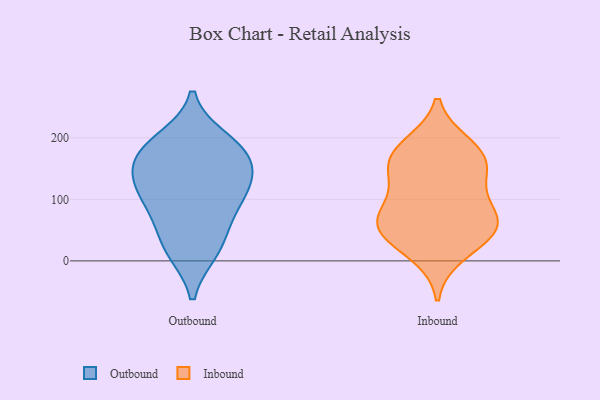
{"axis": {"x": "LTV (USD)", "y": "Value"}, "legend": ["Inbound", "Outbound"], "data": [{"x": "", "y": 182, "type": "Outbound"}, {"x": "", "y": 118, "type": "Outbound"}, {"x": "", "y": 171, "type": "Outbound"}, {"x": "", "y": 175, "type": "Outbound"}, {"x": "", "y": 89, "type": "Outbound"}, {"x": "", "y": 196, "type": "Outbound"}, {"x": "", "y": 144, "type": "Outbound"}, {"x": "", "y": 130, "type": "Outbound"}, {"x": "", "y": 57, "type": "Outbound"}, {"x": "", "y": 17, "type": "Outbound"}, {"x": "", "y": 105, "type": "Outbound"}, {"x": "", "y": 20, "type": "Outbound"}, {"x": "", "y": 62, "type": "Inbound"}, {"x": "", "y": 81, "type": "Inbound"}, {"x": "", "y": 181, "type": "Inbound"}, {"x": "", "y": 73, "type": "Inbound"}, {"x": "", "y": 188, "type": "Inbound"}, {"x": "", "y": 117, "type": "Inbound"}, {"x": "", "y": 149, "type": "Inbound"}, {"x": "", "y": 48, "type": "Inbound"}, {"x": "", "y": 55, "type": "Inbound"}, {"x": "", "y": 149, "type": "Inbound"}, {"x": "", "y": 166, "type": "Inbound"}, {"x": "", "y": 11, "type": "Inbound"}, {"x": "", "y": 42, "type": "Inbound"}]}